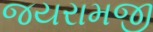
જયરામજી